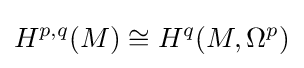
H^{p,q}(M)\cong H^{q}(M,\Omega ^{p})